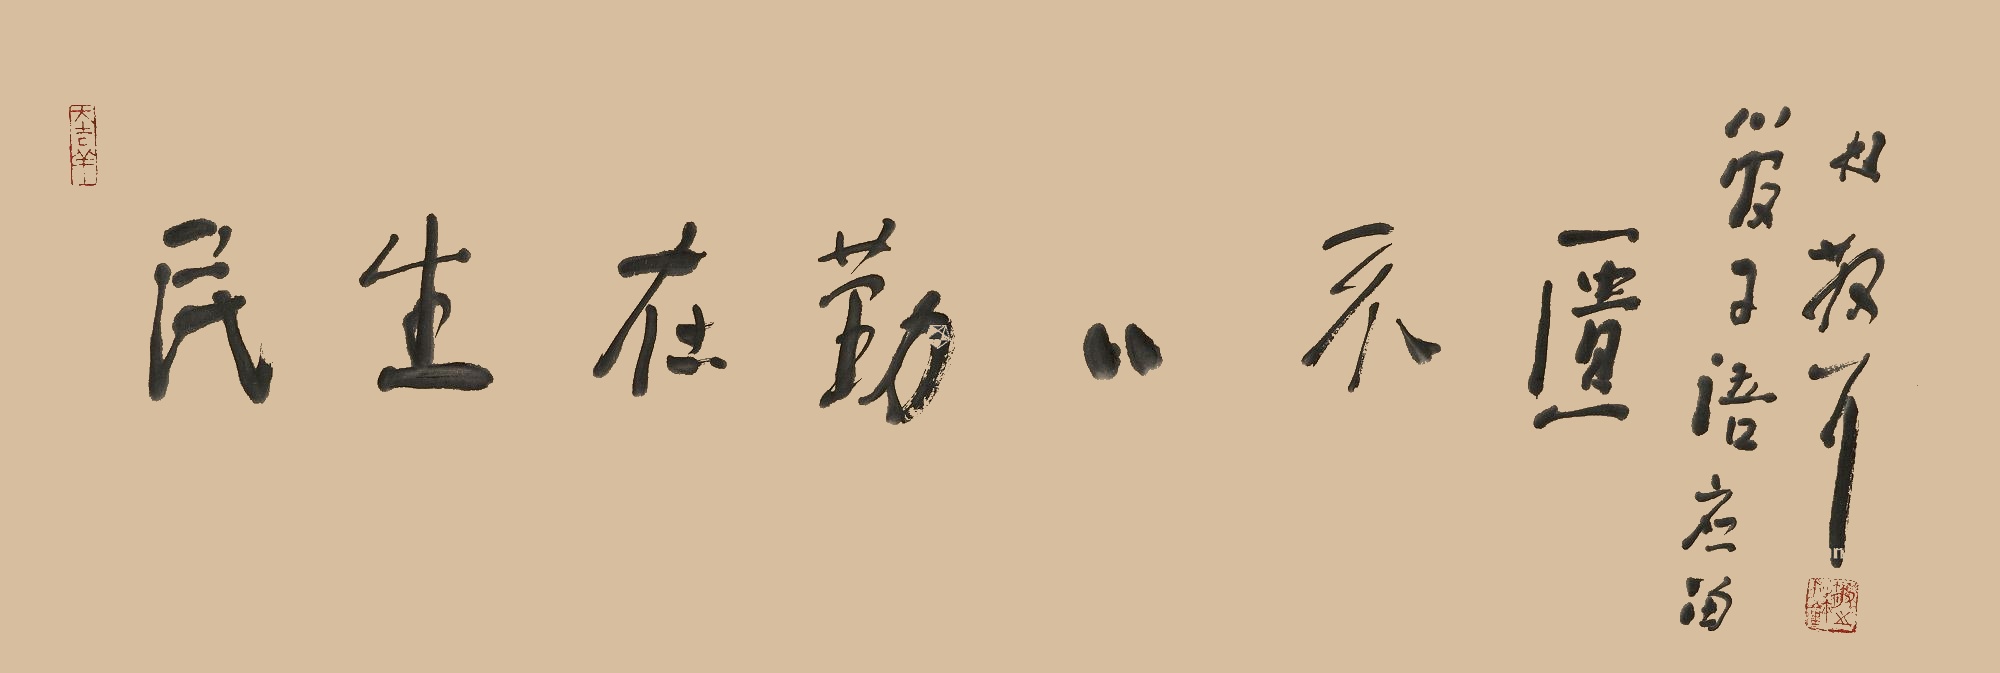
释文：民生在勤勤不匮。管子语应留，林散耳。